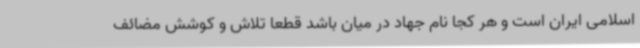
اسلامی ایران است و هر کجا نام جهاد در میان باشد قطعا تلاش و کوشش مضائف